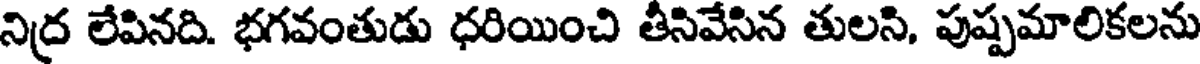
నిద్ర లేపినది. భగవంతుడు ధరియించి తీసివేసిన తులసి, పుష్పమాలికలను